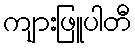
ကျားဖြူပါတီ